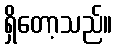
ရှိတော့သည်။